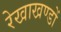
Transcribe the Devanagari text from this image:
रेखाखण्डों